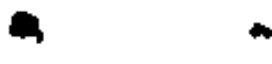
. .